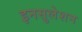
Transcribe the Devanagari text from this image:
इनसुलेशन